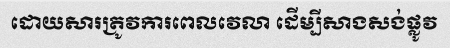
ដោយសារត្រូវការពេលវេលា ដើម្បីសាងសង់ផ្លូវ